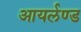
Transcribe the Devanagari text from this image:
आयर्लण्ड